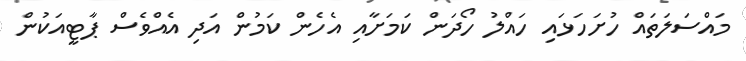
މައްސަލަތައް ހުށަހަޅައި ހައްލު ހޯދަން ކަމަށާއި އެހެން ކަމުން އަދި އެއްވެސް ޕާޓީއަކުން